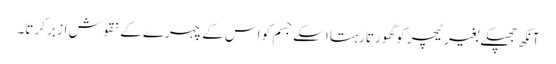
آنکھ جھپکے بغیر ٹیچر کو گھورتا رہتا اسکے جسم کو اس کے چہرے کے نقوش از بر کرتا۔